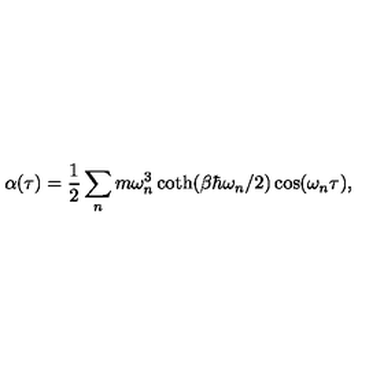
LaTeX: \alpha ( \tau ) = \frac { 1 } { 2 } \sum _ { n } m \omega _ { n } ^ { 3 } \coth ( \beta \hbar \omega _ { n } / 2 ) \cos ( \omega _ { n } \tau ) ,